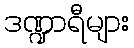
ဒဏ္ဍာရီများ